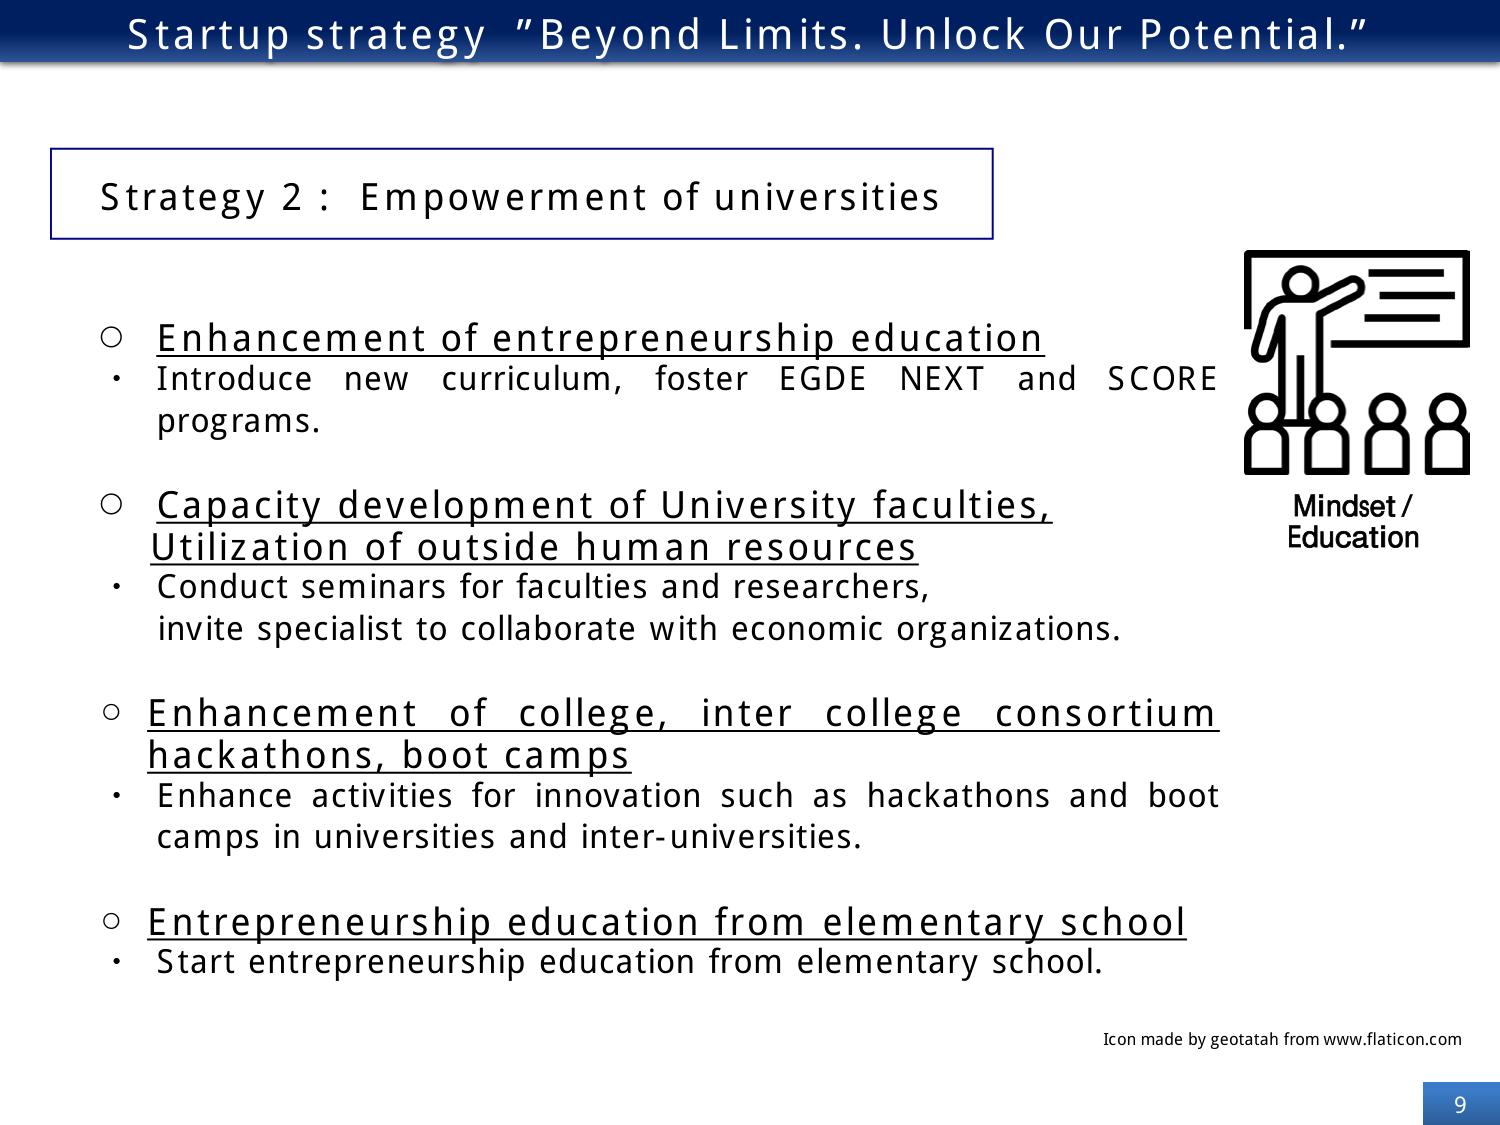
Startup strategy "Beyond Limits. Unlock Our Potential."

Strategy 2 : Empowerment of universities

○ Enhancement of entrepreneurship education
• Introduce new curriculum, foster EGDE NEXT and SCORE programs.

○ Capacity development of University faculties, Utilization of outside human resources
• Conduct seminars for faculties and researchers, invite specialist to collaborate with economic organizations.

○ Enhancement of college, inter college consortium hackathons, boot camps
• Enhance activities for innovation such as hackathons and boot camps in universities and inter-universities.

○ Entrepreneurship education from elementary school
• Start entrepreneurship education from elementary school.

Mindset / Education

Icon made by geotatah from www.flaticon.com

9